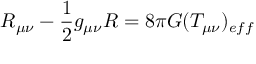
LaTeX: R _ { \mu \nu } - \frac { 1 } { 2 } g _ { \mu \nu } R = 8 \pi G ( T _ { \mu \nu } ) _ { e f f }